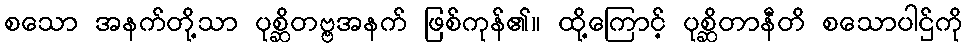
စသော အနက်တို့သာ ပုစ္ဆိတဗ္ဗအနက် ဖြစ်ကုန်၏။ ထို့ကြောင့် ပုစ္ဆိတာနီတိ စသောပါဌ်ကို